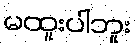
မထူးပါဘူး